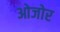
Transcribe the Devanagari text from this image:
ओजोर